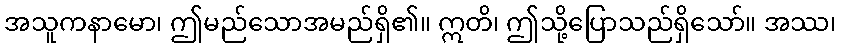
အသူကနာမော၊ ဤမည်သောအမည်ရှိ၏။ ဣတိ၊ ဤသို့ပြောသည်ရှိသော်။ အဿ၊